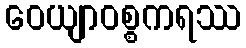
ဝေယျာဝစ္စကရဿ